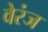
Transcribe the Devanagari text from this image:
वेरंज